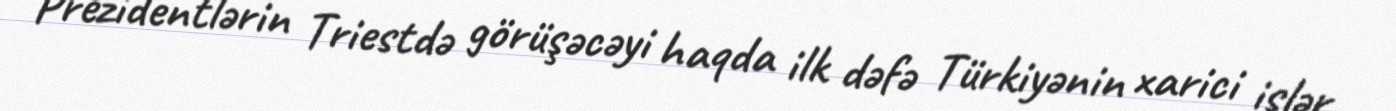
Prezidentlərin Triestdə görüşəcəyi haqda ilk dəfə Türkiyənin xarici işlər